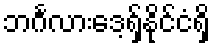
ဘင်္ဂလားဒေ့ရှ်နိုင်ငံရှိ